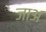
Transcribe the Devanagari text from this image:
जाअ